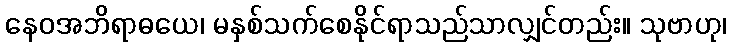
နေဝအဘိရာဓယေ၊ မနှစ်သက်စေနိုင်ရာသည်သာလျှင်တည်း။ သုဗာဟု၊